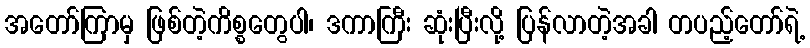
အတော်ကြာမှ ဖြစ်တဲ့ကိစ္စတွေပါ၊ ဒကာကြီး ဆုံးပြီးလို့ ပြန်လာတဲ့အခါ တပည့်တော်ရဲ့